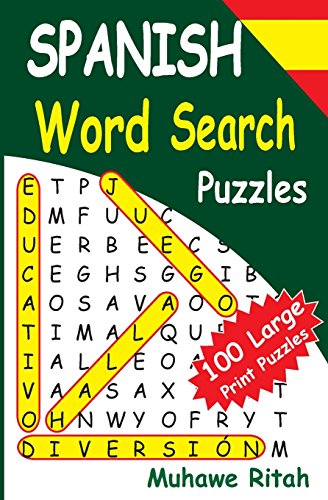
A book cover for SPANISH Word Search Puzzles (Volume 1); Muhawe Ritah; Humor & Entertainment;